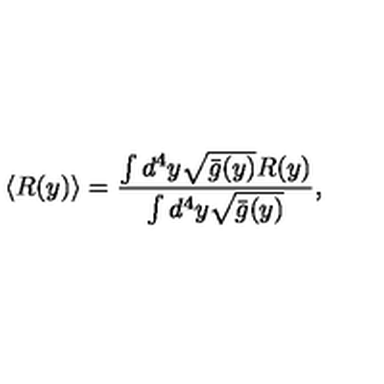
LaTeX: \langle R ( y ) \rangle = \frac { \int d ^ { 4 } y \sqrt { \bar { g } ( y ) } R ( y ) } { \int d ^ { 4 } y \sqrt { \bar { g } ( y ) } } ,